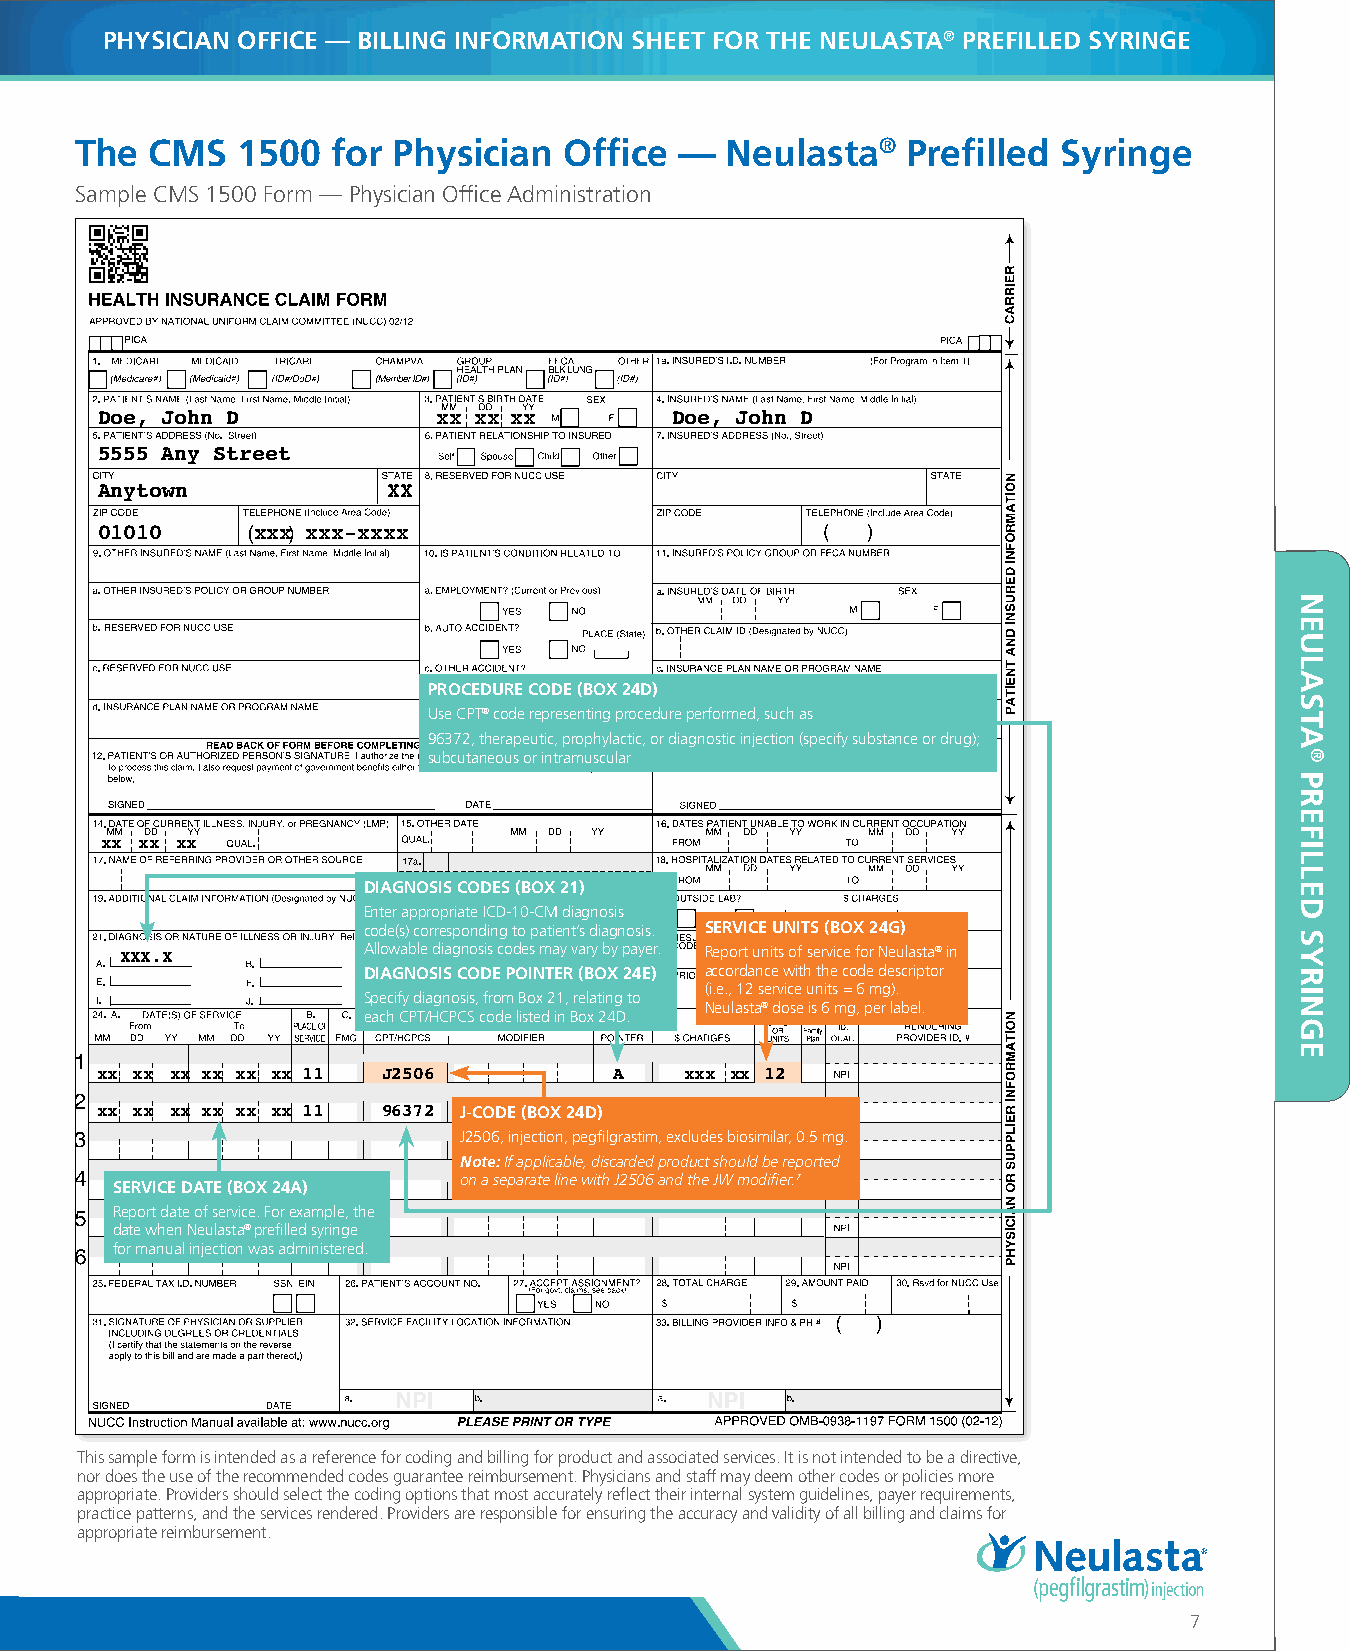
PHYSICIAN OFFICE — BILLING INFORMATION SHEET FOR THE NEULASTA® PREFILLED SYRINGE
 The  CMS   1500  for Physician  Office  —  Neulasta®   Prefilled Syringe
 Sample CMS 1500 Form — Physician Office Administration
 Doe, John D            xx xx xx       Doe, John D
 5555 Any Street
 Anytown             XX
 01010      xxx xxx-xxxx
 PROCEDURE CODE (BOX 24D)
 Use CPT® code representing procedure performed, such as
 96372, therapeutic, prophylactic, or diagnostic injection (specify substance or drug);
 subcutaneous or intramuscular
 xx xx xx
 DIAGNOSIS CODES (BOX 21)
 Enter appropriate ICD-10-CM diagnosis
 code(s) corresponding to patient’s diagnosis. SERVICE UNITS (BOX 24G)
 Allowable diagnosis codes may vary by payer. Report units of service for Neulasta® in
 XXX.X
 DIAGNOSIS CODE POINTER (BOX 24E) accordance with the code descriptor
 (i.e., 12 service units = 6 mg).
 Specify diagnosis, from Box 21, relating to
 Neulasta® dose is 6 mg, per label.
 each CPT/HCPCS code listed in Box 24D.
 xx xx xx xx xx xx 11 J2506         A   xxx xx 12
 xx xx xx xx xx xx 11 96372 J-CODE (BOX 24D) A xxx xx 1
 J2506, injection, pegfilgrastim, excludes biosimilar, 0.5 mg.
 Note: If applicable, discarded product should be reported
 on a separate line with J2506 and the JW modifier.7
 SERVICE DATE (BOX 24A)
 Report date of service. For example, the
 date when Neulasta® prefilled syringe
 for manual injection was administered.
 This sample form is intended as a reference for coding and billing for product and associated services. It is not intended to be a directive,
 nor does the use of the recommended codes guarantee reimbursement. Physicians and staff may deem other codes or policies more
 appropriate. Providers should select the coding options that most accurately reflect their internal system guidelines, payer requirements,
 practice patterns, and the services rendered. Providers are responsible for ensuring the accuracy and validity of all billing and claims for
 appropriate reimbursement.
 7
 NNEEUULLAASSTTAA
 PPRREEFFIILLLLEEDD
 SSYYRRIINNGGEE
 ®®